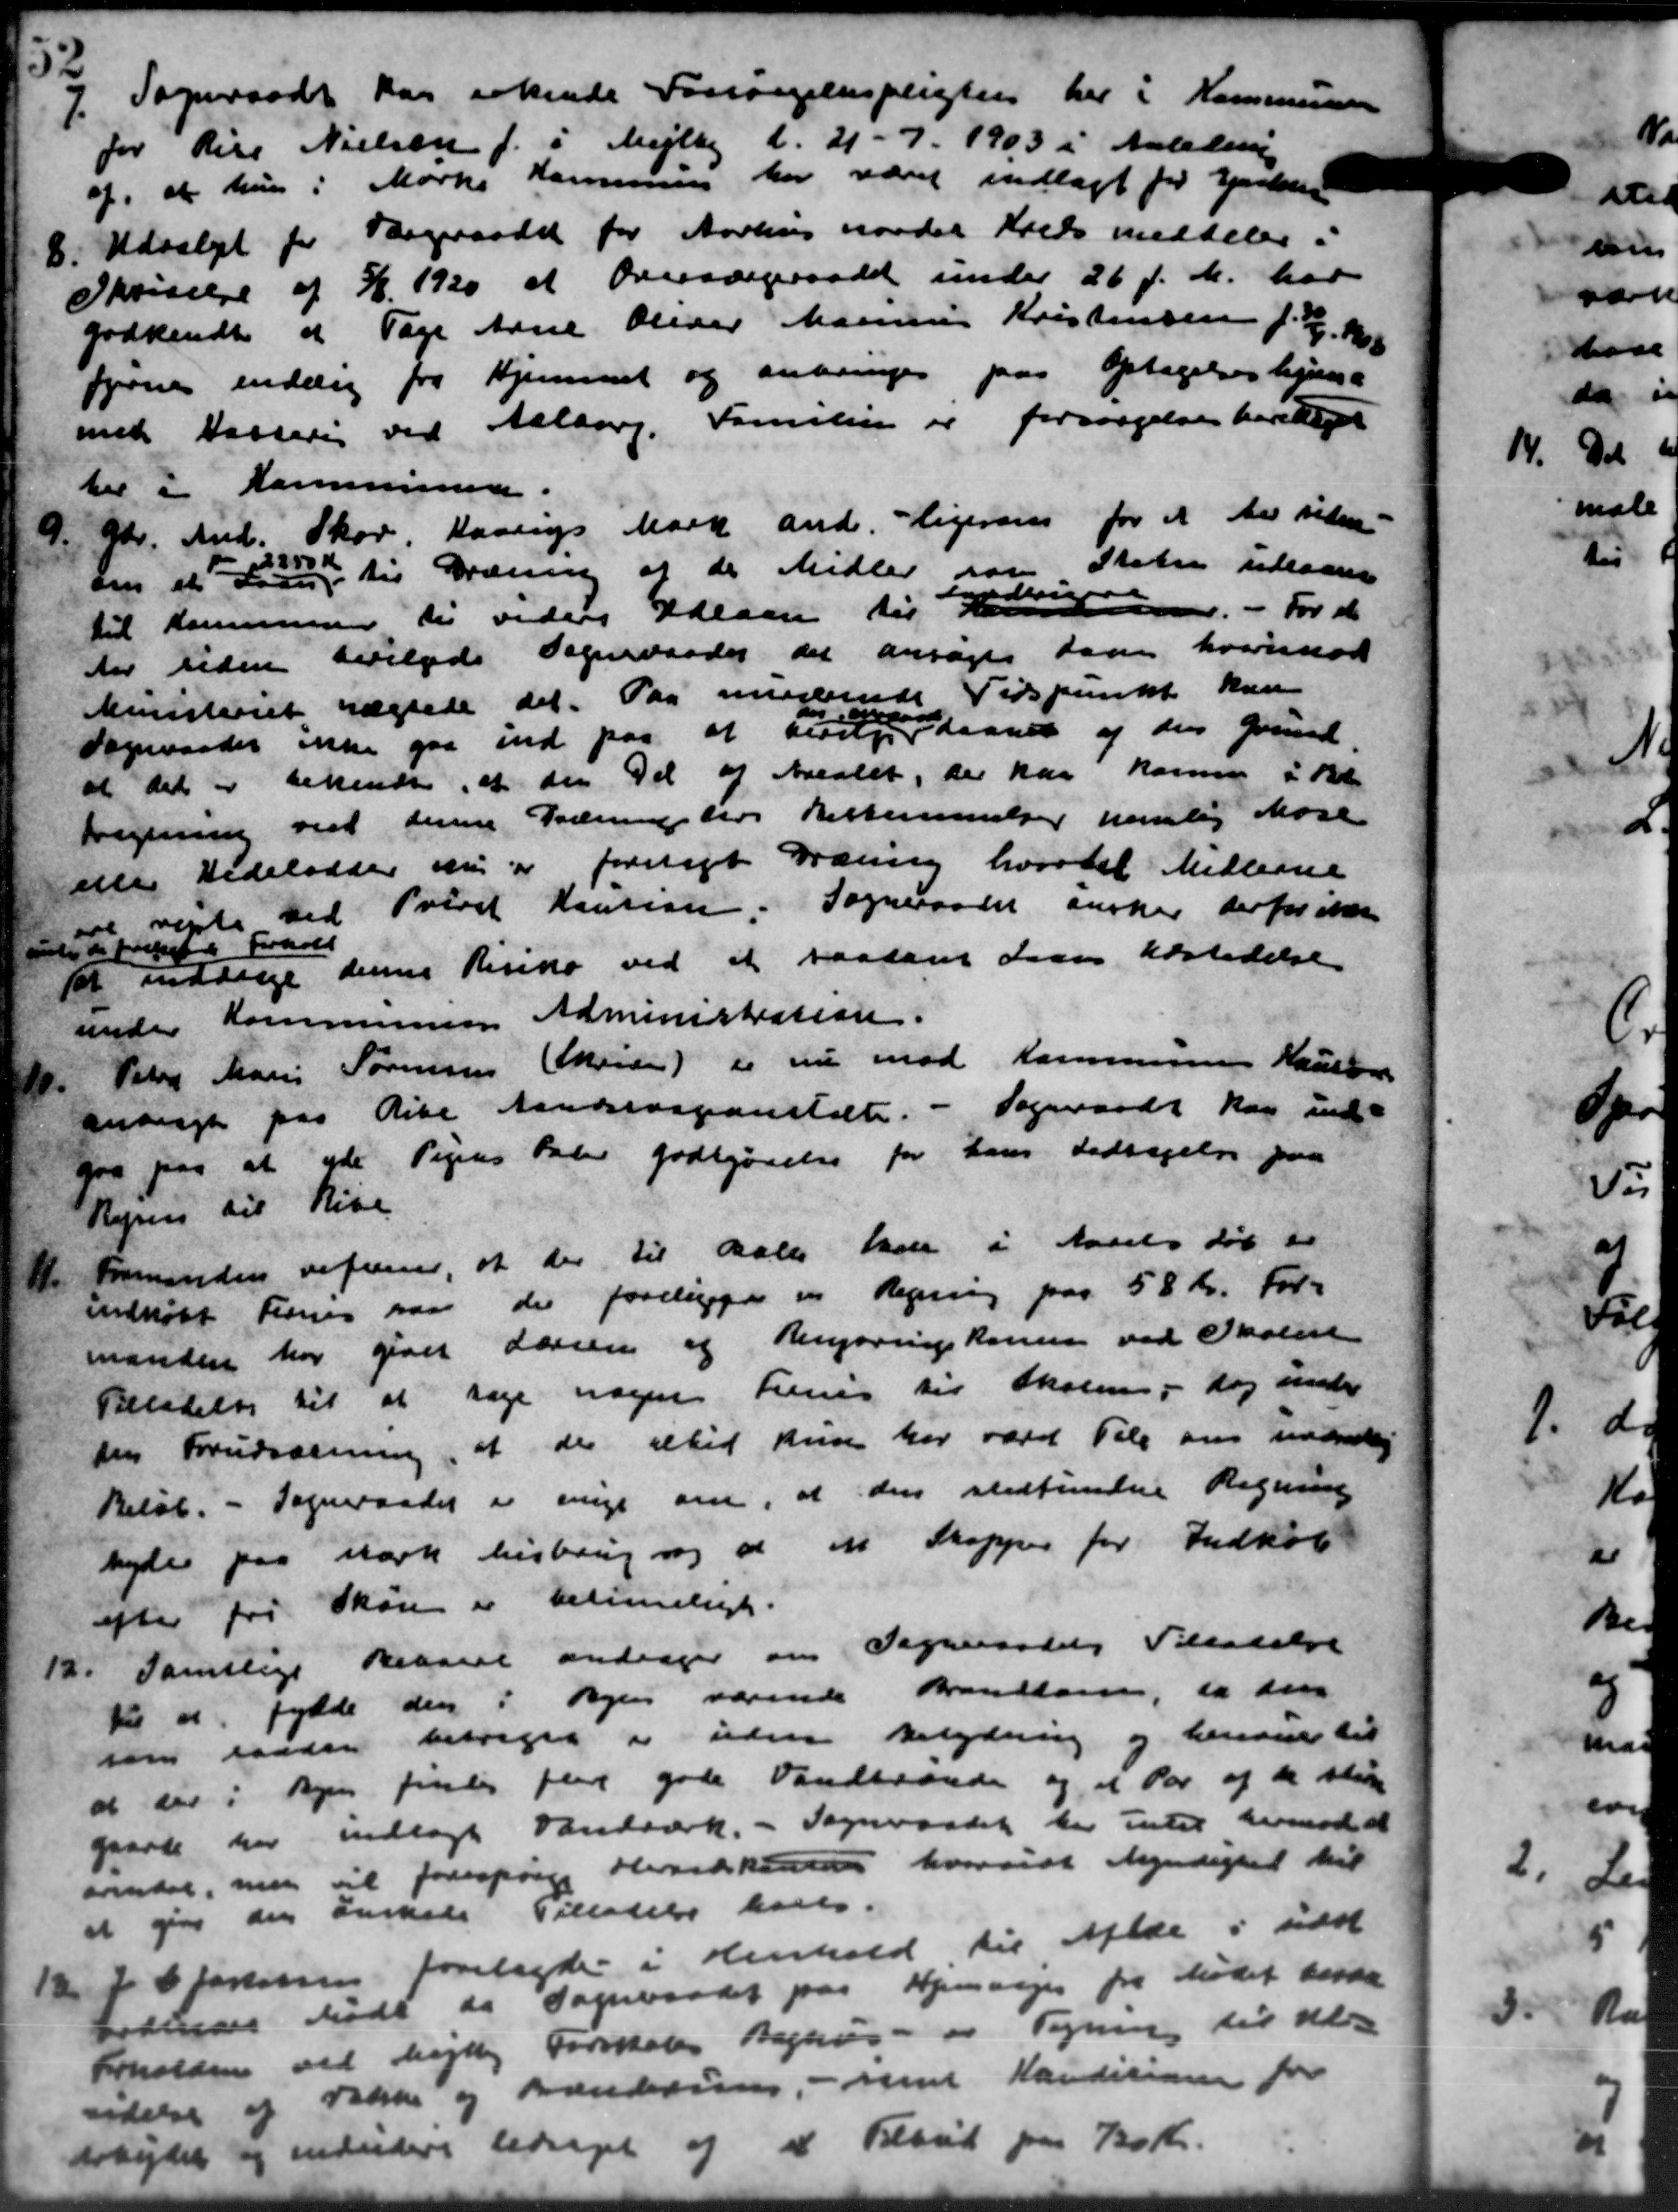
Transskription:
7.
Sogneraadet har erkende Forsørgelsespligten her i Kommunens
for Rise Nielsen f. i Mejlby d. 21-7. 1903 i Anledning
af, at hun i Marks Kommunen har været indlagt for Ejendom
8.
Udvalget for Værgeraadet for Aarhus raadet Kreds meddeler i
Skrivelse af 2/6 1920 at Oversærgeraadet under 26 f. M. har
godkendt at Tage Anne Oliver Marius Kristensen f. 1. 10
ferne endelig fra Hjemmet og anbringes paa Optagelseshjem
med Kassering ved Aalborg. Familien er forsørgelse berettiget
her i Kommunen.
9. Gdr. And. Skov, Haarups Mark and. ligeren for et der siden-
9. Gdr. And. Skov, Haarups Mark and. ligeren for et der siden-
om et Loven
250 Kr
til Dræning af de Midler som stelse tillade
til Kommunen til videre Udlaan til Amt

For d
der tiden bevilgede Sogneraadet det ansøges saa hvorimod
Ministeriet nægtede det. Paa minderende Tidspunkt kun
Sogneraadet ikke gaa ind paa at bevilge
" vsen
Slaanet af den Grund
at det er erkendt, at den Del af Arealet, der har komme i Bet
tregning ved denne Græring hos Restemmelser nemlig Mose
eele Hedelelser nu er forelagt Dræning hvortil Midlere
+ rejste ved Tvist Kaution. Sogneraadet ønsker derfor ikke
syd forske Forhold
10 inddrage denne Risiko ved at saadant Laan Aastedelse
under Kommunens Administration.
 Peter Marie Sørensen (Skrider) er nu mod Kommunens Kassen
 Peter Marie Sørensen (Skrider) er nu mod Kommunens Kassen
andragt paa Arke Aandssvageanstalte. - Sogneraadet kan ind
gaa paa at yde Pigens Palev godtgørelse for hans bidragelse paa
Rejsen til Rise
11.
Formanden refuner, at der til Bal han i Aarets Løb de
indkøbt Ferring paa der foreligge en Regning paa 58 Kr. For-
manden har givet Læreen og Rengøringskorsen ved Skolen
Tiladelse til at tage nogen Frems til Skolen, dog under
sin Forudsætning, at der elhed kun har været Tele om uddelig
Beløb. - Sogneraadet i enige om, at den stedfundne Regning
byder paa stærk isbrig og at en Skopper for Indkøb
efter fri Skov er betimeligt.
12. Samtlige Resane andrager om Sogneraadets Tilladelse
12. Samtlige Resane andrager om Sogneraadets Tilladelse
til at fylde den i Byen værende Brandsor, da den
som landen betrager i uden Betydning og herane til
at var i Byen findes fler gode Vandbrænde og at Par af de sti
gaarde her indlagt Vandværk. - Sogneraadet der intil demoded
svndal, men vil forespørge Hesedekende hvorvidt Myndighed til
at give den ønskede Tilladelse haves.
12 J C favnen forelagtes i Henhold til Alde i sidst
12 J C favnen forelagtes i Henhold til Alde i sidst
Ersledes Møde da Sogneraadet paa Hjemviger fra Mødet beska
Forholden ved højtlig Forskoles Baghus - og Tegning til Al-
endelse af Fodske og Brændevin, - med Konditionen for
Arbejdet og endvidere bidraget af et Tilbud paa 70 Kr.